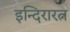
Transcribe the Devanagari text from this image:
इन्दिरारत्न